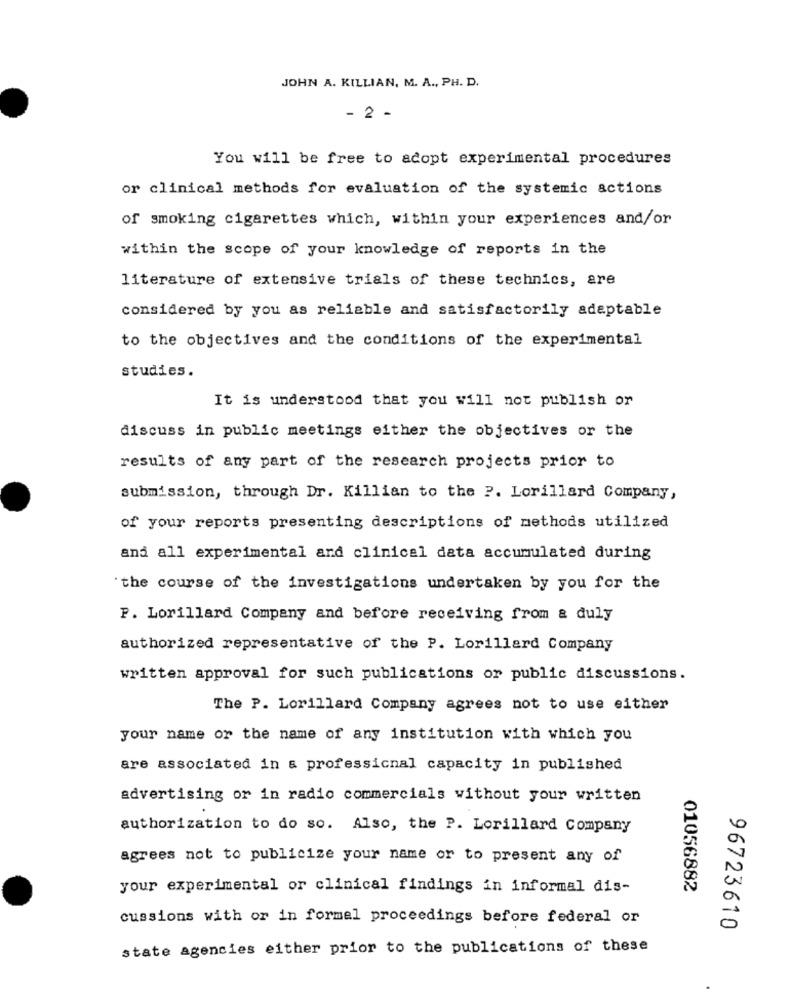
JOHN A. KILLIAN, M. A ., PH. D.
- 2 -
You will be free to adopt experimental procedures
or clinical methods for evaluation of the systemic actions
of smoking cigarettes which, within your experiences and/or
within the scope of your knowledge of reports in the
literature of extensive trials of these technics, are
considered by you as reliable and satisfactorily adaptable
to the objectives and the conditions of the experimental
studies.
It is understood that you will not publish or
discuss in public meetings either the objectives or the
results of any part of the research projects prior to
submission, through Dr. Killian to the ?. Lorillard Company,
of your reports presenting descriptions of methods utilized
and all experimental and clinical data accumulated during
'the course of the investigations undertaken by you for the
P. Lorillard Company and before receiving from & duly
authorized representative of the P. Lorillard Company
written approval for such publications or public discussions.
The P. Lorillard Company agrees not to use either
your name or the name of any institution with which you
are associated in & professional capacity in published
advertising or in radio commercials without your written
authorization to do so. Also, the P. Lorillard Company
agrees not to publicize your name or to present any of
your experimental or clinical findings in informal dis-
01056882
cussions with or in formel proceedings before federal or
96723610
state agencies either prior to the publications of these